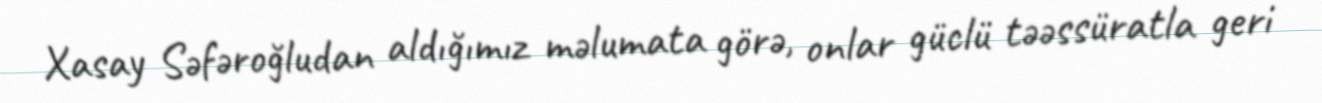
Xasay Səfəroğludan aldığımız məlumata görə, onlar güclü təəssüratla geri